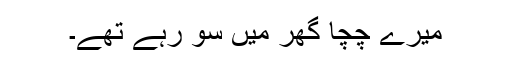
میرے چچا گھر میں سو رہے تھے۔